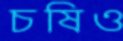
চষিও